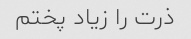
ذرت را زیاد پختم